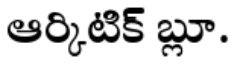
ఆర్కిటిక్ బ్లూ.